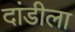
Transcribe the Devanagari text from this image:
दांडीला